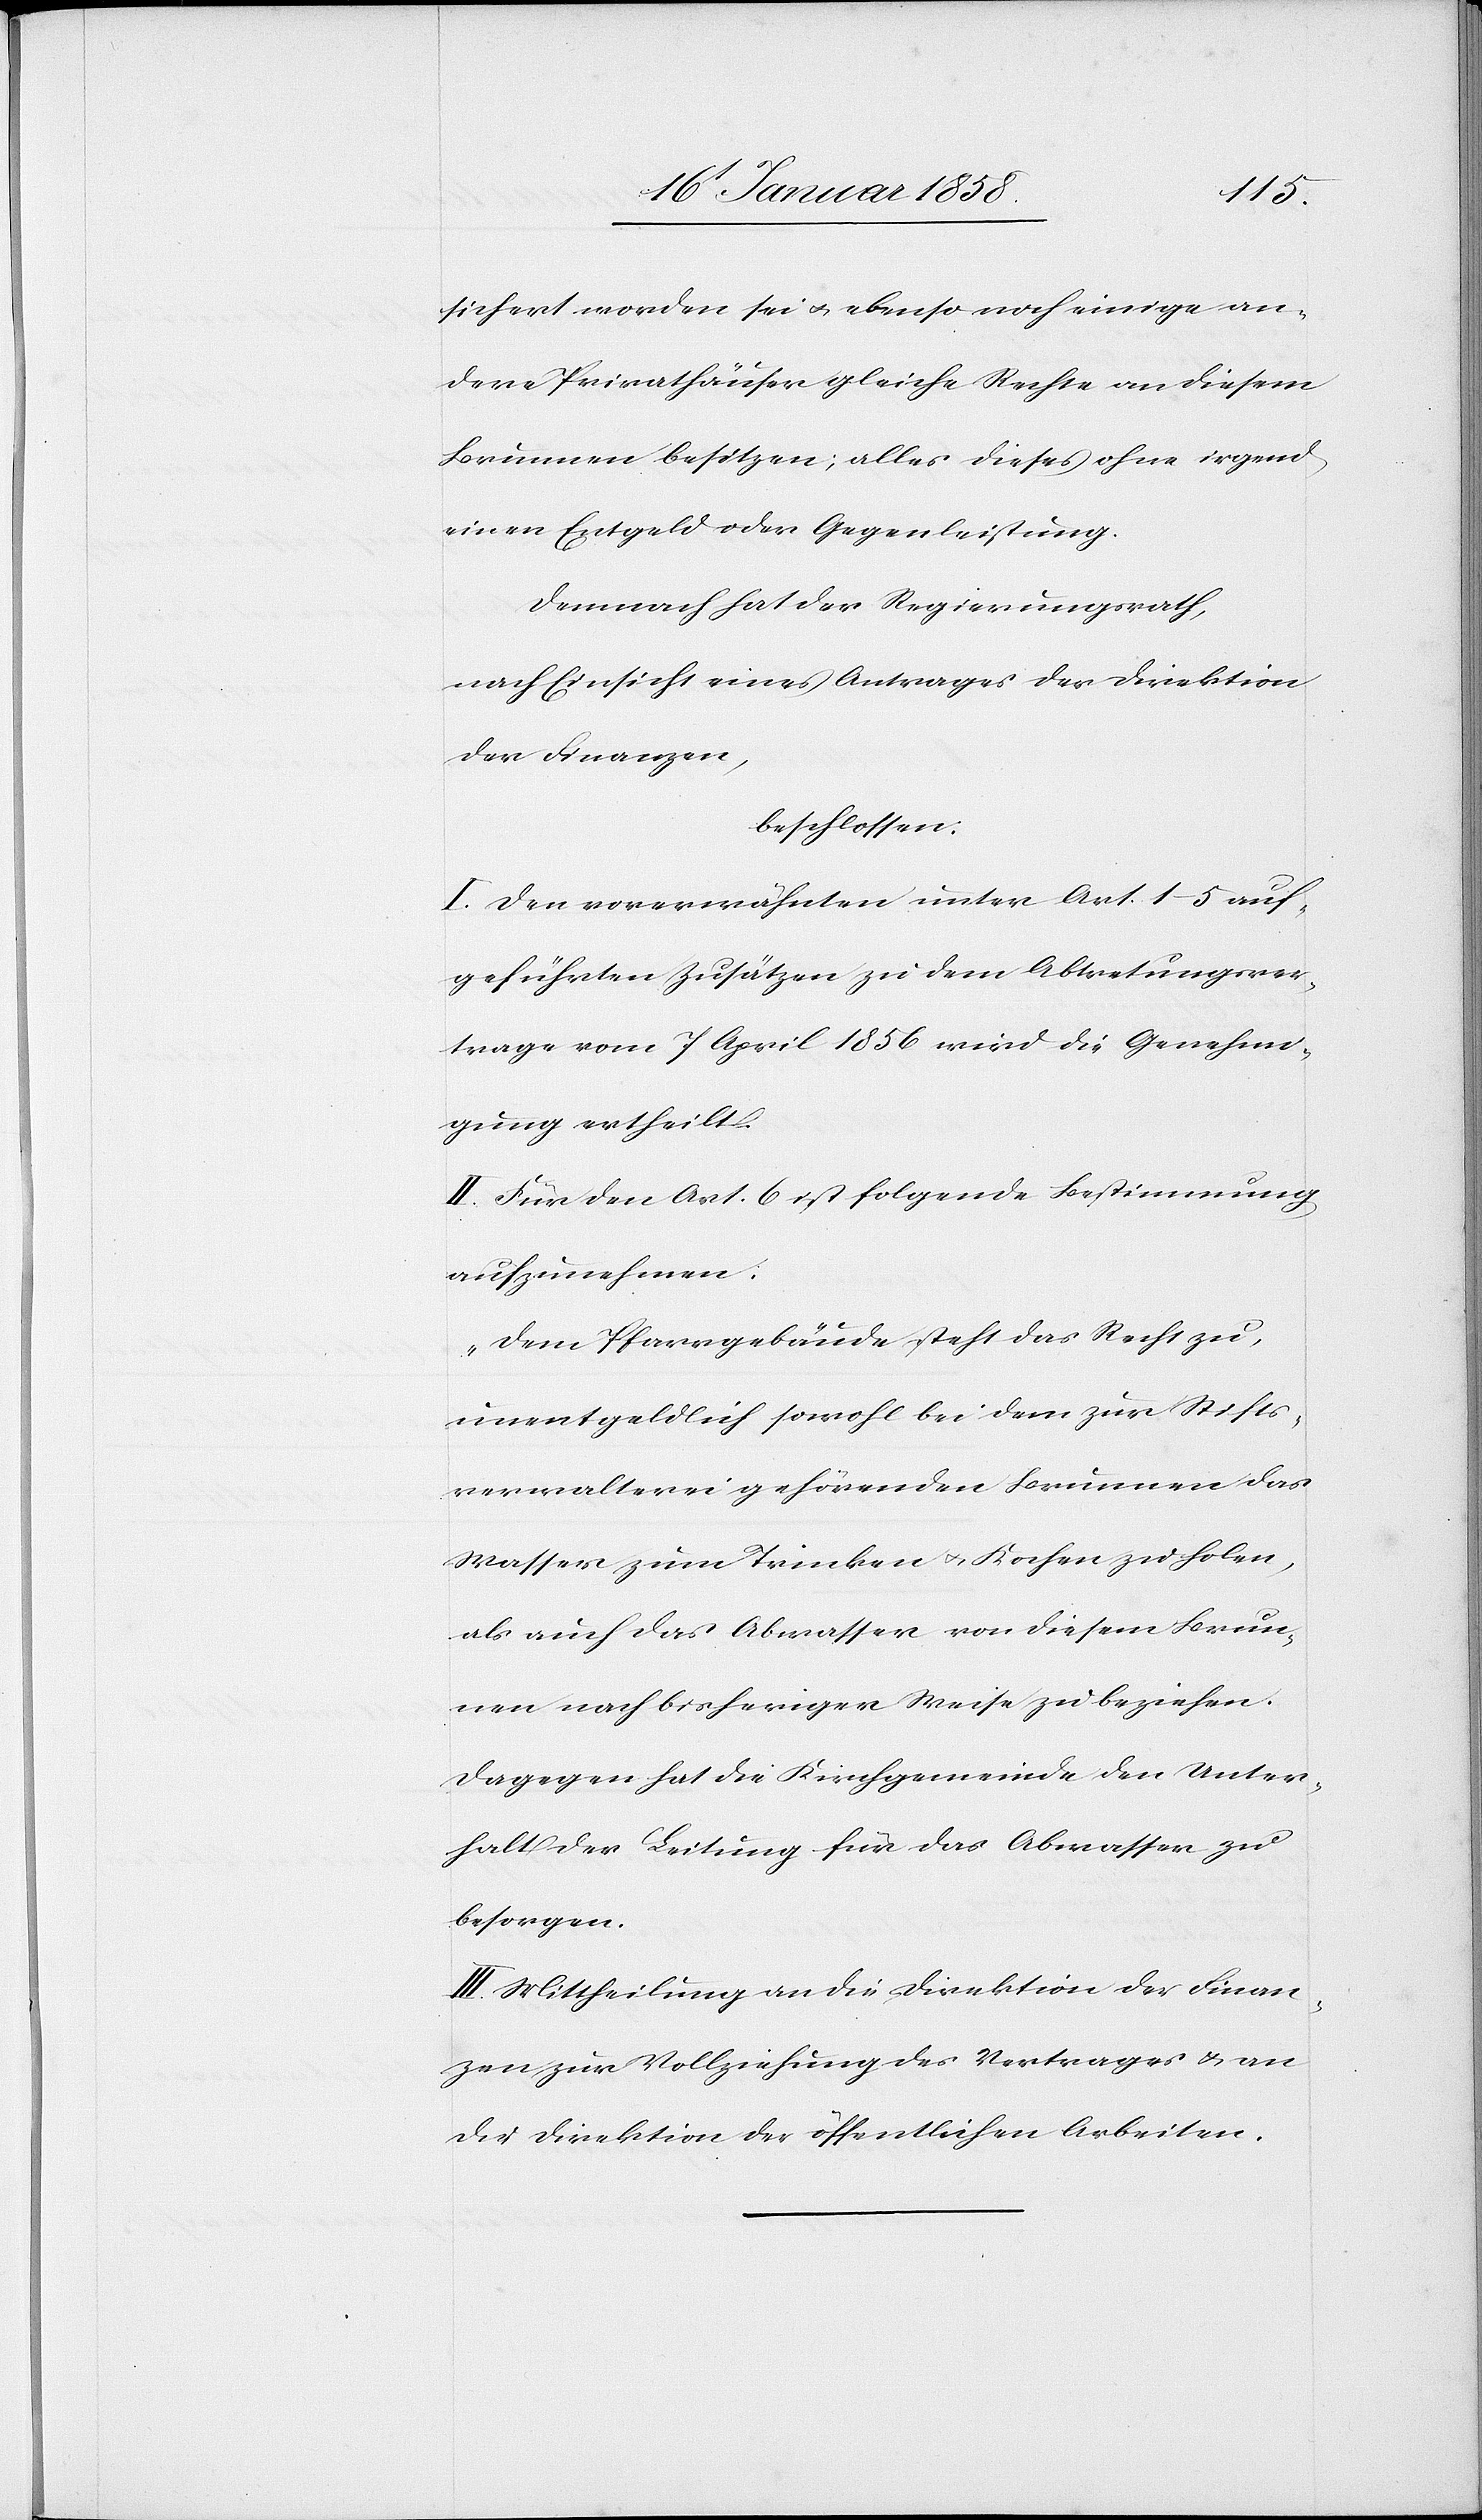
sichert worden sei u. ebenso noch einige an¬
dere Privathäuser gleiche Rechte an diesem
Brunnen besitzen; alles dieses ohne irgend
einen Entgeld oder Gegenleistung.
Demnach hat der Regierungsrath,
nach Einsicht eines Antrages der Direktion
der Finanzen,
beschlossen:
I. Den vorerwähnten unter Art. 1–5 auf¬
geführten Zusätzen zu dem Abtretungsver¬
trage vom 7 April 1856 wird die Genehmi¬
gung ertheilt.
II. Für den Art. 6 ist folgende Bestimmung
aufzunehmen:
„Dem Pfarrgebäude steht das Recht zu,
unentgeldlich sowohl bei dem zur Stifts¬
verwalterei gehörenden Brunnen das
Wasser zum Trinken u. Kochen zu holen,
als auch das Abwasser von diesem Brun¬
nen nach bisheriger Weise zu beziehen.
Dagegen hat die Kirchgemeinde den Unter¬
halt der Leitung für das Abwasser zu
besorgen.[“]
III. Mittheilung an die Direktion der Finan¬
zen zur Vollziehung des Vertrages u. an
die Direktion der öffentlichen Arbeiten.